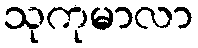
သုကုမာလာ